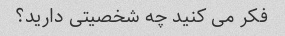
فکر می کنید چه شخصیتی دارید؟